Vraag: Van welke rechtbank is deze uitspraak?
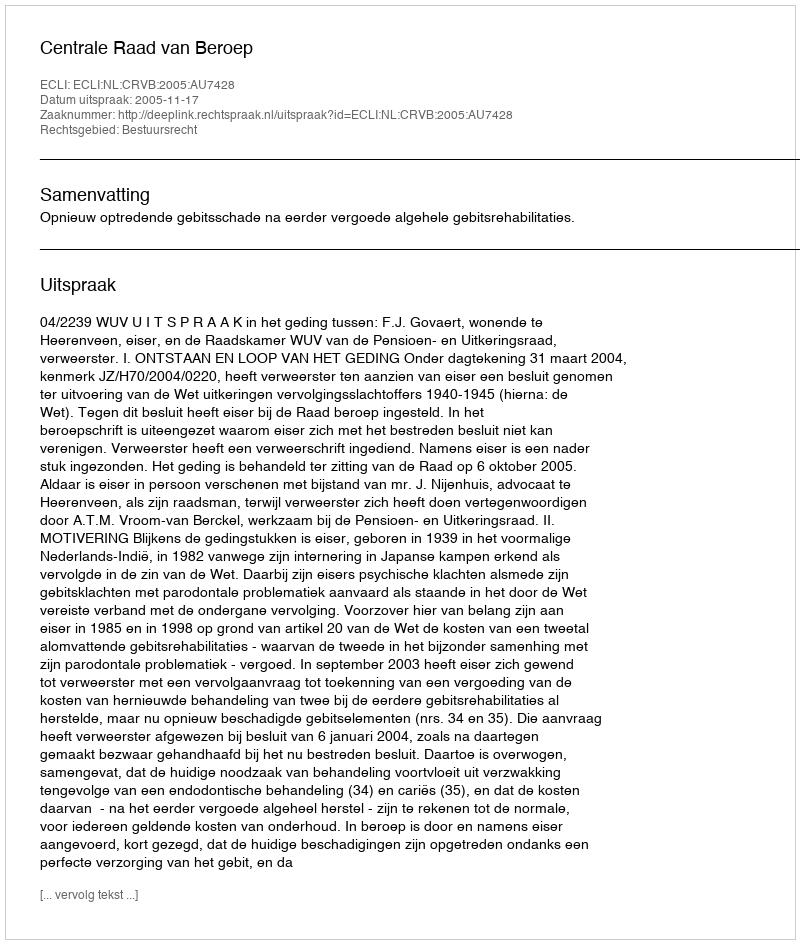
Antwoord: Centrale Raad van Beroep